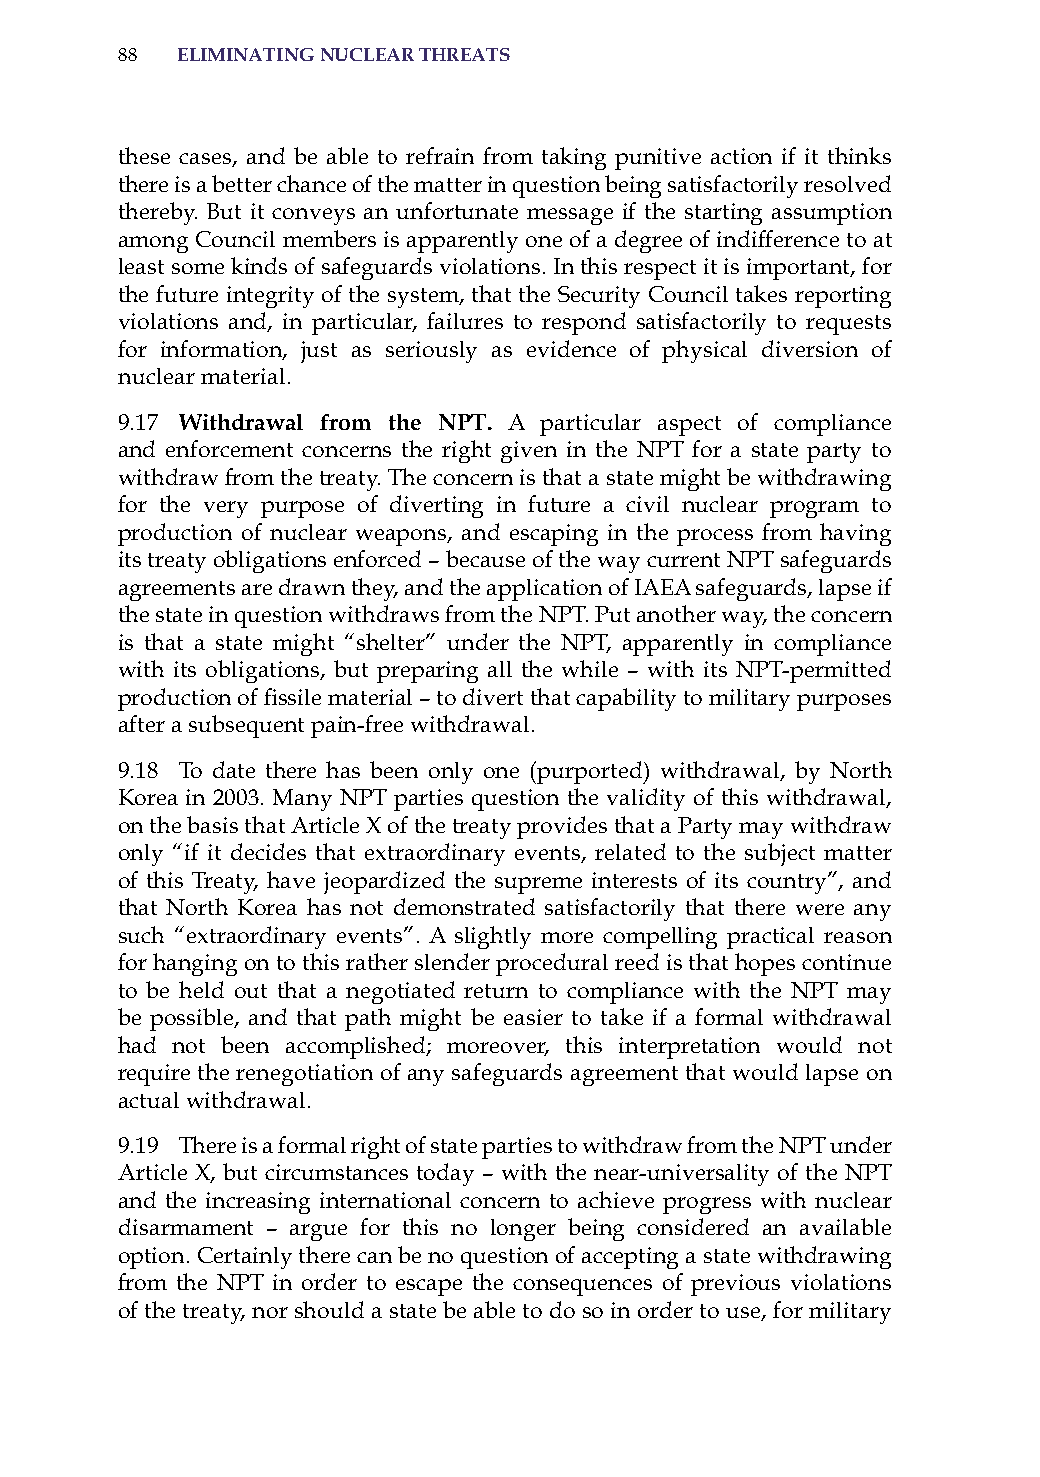
88  eliminatinG nuclear threats
 these cases, and be able to refrain from taking punitive action if it thinks
 there is a better chance of the matter in question being satisfactorily resolved
 thereby. But it conveys an unfortunate message if the starting assumption
 among Council members is apparently one of a degree of indifference to at
 least some kinds of safeguards violations. in this respect it is important, for
 the future integrity of the system, that the security Council takes reporting
 violations and, in particular, failures to respond satisfactorily to requests
 for information, just as seriously as evidence of physical diversion of
 nuclear material.
 9.17 withdrawal from the nPt. a particular aspect of compliance
 and enforcement concerns the right given in the NPT for a state party to
 withdraw from the treaty. The concern is that a state might be withdrawing
 for the very purpose of diverting in future a civil nuclear program to
 production of nuclear weapons, and escaping in the process from having
 its treaty obligations enforced – because of the way current NPT safeguards
 agreements are drawn they, and the application of iaEa safeguards, lapse if
 the state in question withdraws from the NPT. Put another way, the concern
 is that a state might “shelter” under the NPT, apparently in compliance
 with its obligations, but preparing all the while – with its NPT-permitted
 production of fissile material – to divert that capability to military purposes
 after a subsequent pain-free withdrawal.
 9.18 To date there has been only one (purported) withdrawal, by North
 Korea in 2003. Many NPT parties question the validity of this withdrawal,
 on the basis that article X of the treaty provides that a Party may withdraw
 only “if it decides that extraordinary events, related to the subject matter
 of this Treaty, have jeopardized the supreme interests of its country”, and
 that North Korea has not demonstrated satisfactorily that there were any
 such “extraordinary events”. a slightly more compelling practical reason
 for hanging on to this rather slender procedural reed is that hopes continue
 to be held out that a negotiated return to compliance with the NPT may
 be possible, and that path might be easier to take if a formal withdrawal
 had not been accomplished; moreover, this interpretation would not
 require the renegotiation of any safeguards agreement that would lapse on
 actual withdrawal.
 9.19 There is a formal right of state parties to withdraw from the NPT under
 article X, but circumstances today – with the near-universality of the NPT
 and the increasing international concern to achieve progress with nuclear
 disarmament – argue for this no longer being considered an available
 option. Certainly there can be no question of accepting a state withdrawing
 from the NPT in order to escape the consequences of previous violations
 of the treaty, nor should a state be able to do so in order to use, for military